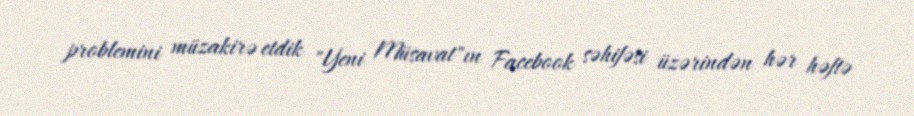
problemini müzakirə etdik "Yeni Müsavat"ın Facebook səhifəsi üzərindən hər həftə